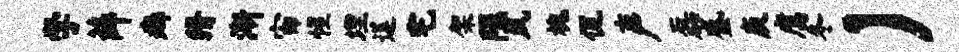
学薛癖猾渐宙惺埋莲宅架隰夙槐侃声磊盛庾腐冬）